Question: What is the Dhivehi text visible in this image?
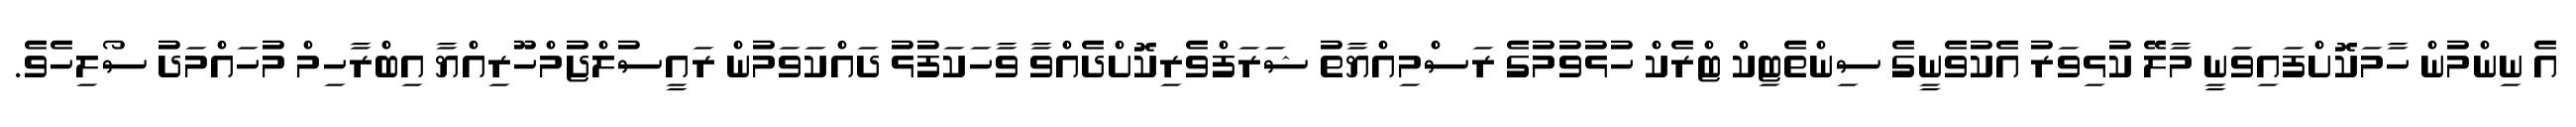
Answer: އެ ނިންމުން ހާމަކޮށްފައިވަނީ މާލޭ ކުޅިވަރު އެކުވެނީގެ ސިންތެޓިކް ޓްރެކް ހުޅުވުމުގެ ރަސްމިއްޔާތު ޝަރަފްވެރިކޮށްދެއްވާ ވާހަކަފުޅު ދައްކަވަމުން ރައީސުލްޖުމްހޫރިއްޔާ އިބްރާހިމް މުހައްމަދު ސޯލިހެވެ.